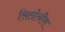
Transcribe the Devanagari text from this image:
सिलोनीस